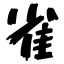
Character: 雀